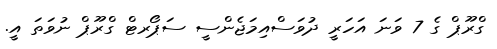
ގްރޫޕް ގެ 7 ވަނަ އަހަރީ ދުވަސްއިމަޖެންސީ ސަޕޯރޓް ގްރޫޕް ނުވަތަ އީ.